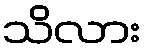
သိလား